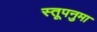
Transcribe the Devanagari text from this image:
स्तूपनुमा